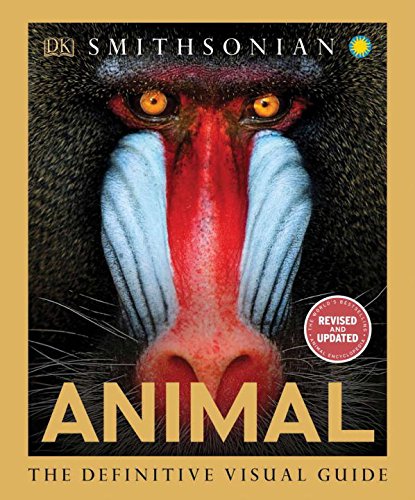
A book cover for Animal: The Definitive Visual Guide; DK Publishing; Science & Math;